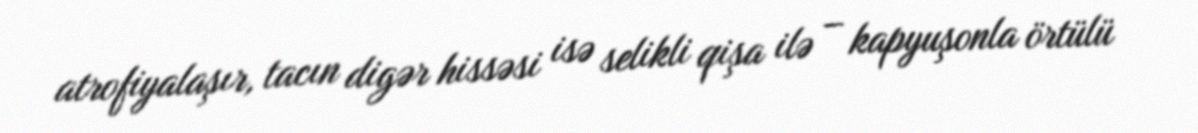
atrofiyalaşır, tacın digər hissəsi isə selikli qişa ilə − kapyuşonla örtülü